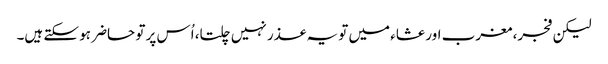
لیکن فجر، مغرب اور عشاء میں تو یہ عذر نہیں چلتا، اُس پر تو حاضر ہو سکتے ہیں۔